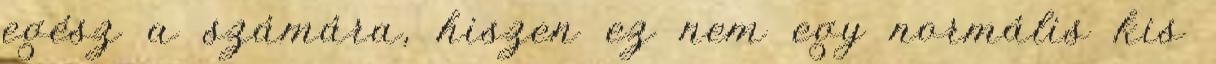
egész a számára, hiszen ez nem egy normális kis